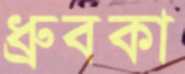
ধ্রুবকা